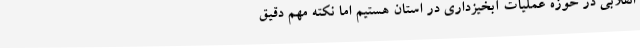
انقلابی در حوزه عملیات آبخیزداری در استان هستیم اما نکته مهم دقیق